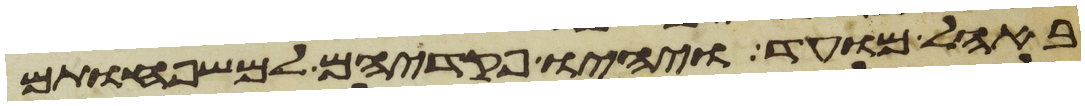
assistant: באהל מועד ויהיו פקדיהם למשפחותם